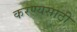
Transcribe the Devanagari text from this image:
करण्यसाठी